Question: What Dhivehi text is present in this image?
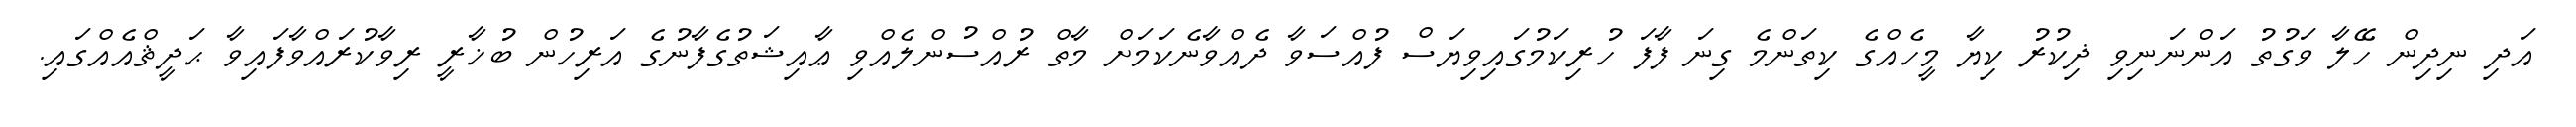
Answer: އަދި ނިދިން ހޭލާ ވަގުތު އަންނަނިވި ޛިކުރު ކިޔާ މީހެއްގެ ކިތަންމެ ގިނަ ފާފަ ހުރިކަމުގައިވިޔަސް ފުއްސަވާ ދެއްވާނެކަމަށް މާތް ރުއްސުންލެއްވި ޢާއިޝަތުގެފާނުގެ އަރިހުން ބުޚާރީ ރިވާކުރައްވާފައިވާ ޙަދީޘްއެއްގައި.